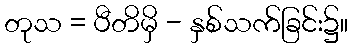
တုသ = ပီတိမှိ - နှစ်သက်ခြင်း၌။